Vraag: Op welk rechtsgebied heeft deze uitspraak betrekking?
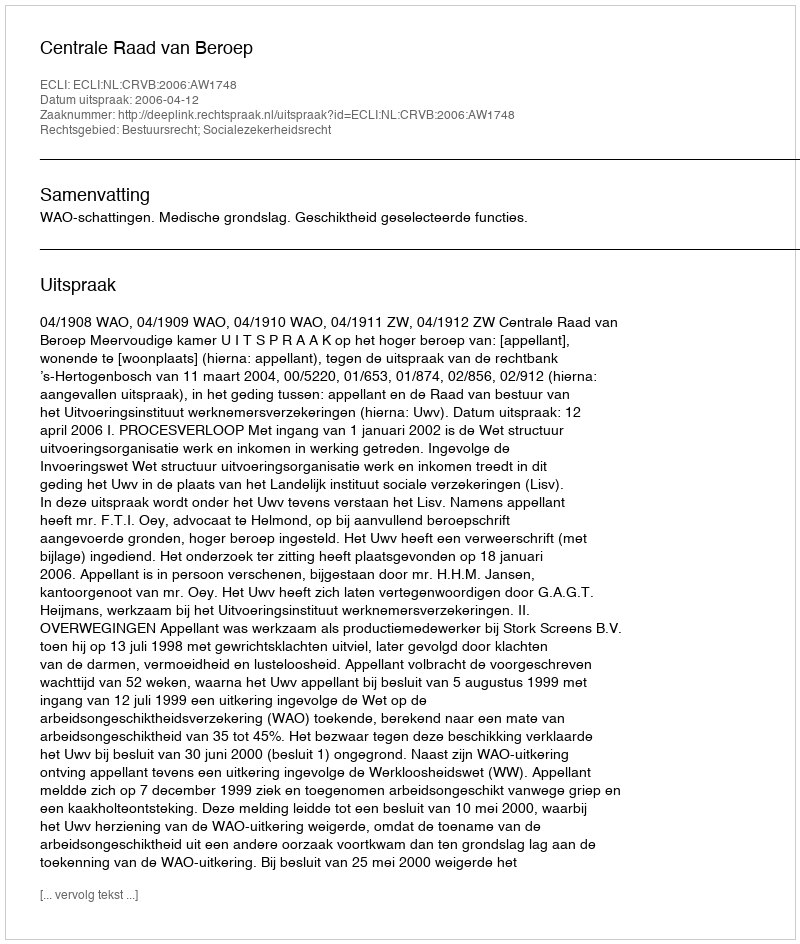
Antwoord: Bestuursrecht; Socialezekerheidsrecht